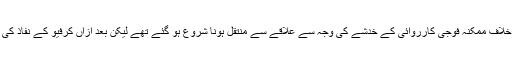
اس آپریشن سے قبل ہی مقامی لوگ شدت پسندوں کے خلاف ممکنہ فوجی کارروائی کے خدشے کی وجہ سے علاقے سے منتقل ہونا شروع ہو گئے تھے لیکن بعد ازاں کرفیو کے نفاذ کی وجہ سے ان کی نقل مکانی ممکن نہیں ہو پا رہی تھی۔